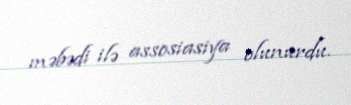
məbədi ilə assosiasiya olunurdu.